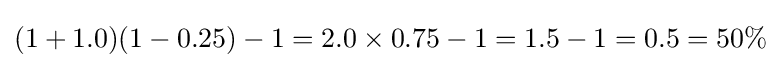
(1+1.0)(1-0.25)-1=2.0\times 0.75-1=1.5-1=0.5=50\%